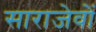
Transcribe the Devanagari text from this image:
साराजेवों